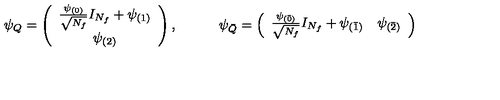
\psi _ { Q } = \left( \begin{array} { c } { \frac { \psi _ { ( 0 ) } } { \sqrt { N _ { f } } } I _ { N _ { f } } + \psi _ { ( 1 ) } } \\ { \psi _ { ( 2 ) } } \\ \end{array} \right) , \qquad \quad \psi _ { \bar { Q } } = \left( \begin{array} { c c } { \frac { \psi _ { ( \bar { 0 } ) } } { \sqrt { N _ { f } } } I _ { N _ { f } } + \psi _ { ( \bar { 1 } ) } } & { \psi _ { ( \bar { 2 } ) } } \\ \end{array} \right)